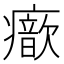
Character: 𤻐